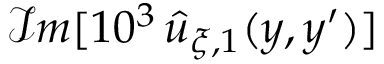
\mathcal { I } m [ 1 0 ^ { 3 } \, \widehat { u } _ { \xi , 1 } ( y , y ^ { \prime } ) ]